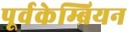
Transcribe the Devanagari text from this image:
पूर्वकेम्ब्रियन